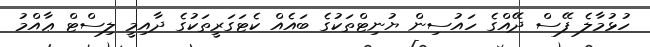
ހުޅުމާލެ ފޭސް ދޭއްގެ ހައުސިން ޔުނިޓްތަކުގެ ބައެއް ކެޓަގަރީތަކުގެ ދާއިމީ ލިސްޓް ޢާއްމު